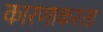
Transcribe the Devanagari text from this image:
कारणाकरता